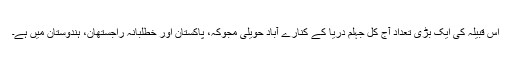
اس قبیلہ کی ایک بڑی تعداد آج کل جہلم دریا کے کنارے آباد حویلی مجوکہ، پاکستان اور خطلبانہ راجستھان، ہندوستان میں ہے۔